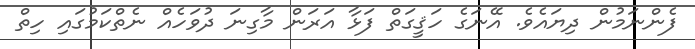
ފެންނަމުން ދިޔައެވެ. އޭނަގެ ހަޤީގަތް ފަޅާ އަރަން މާގިނަ ދުވަހެއް ނެތްކަމުގައި ހިތް